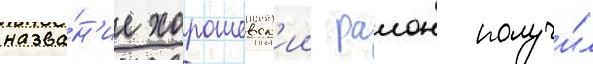
назва́н'ие хорошевск'ии раион получи́л